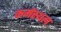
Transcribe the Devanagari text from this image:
कर्मस्थल